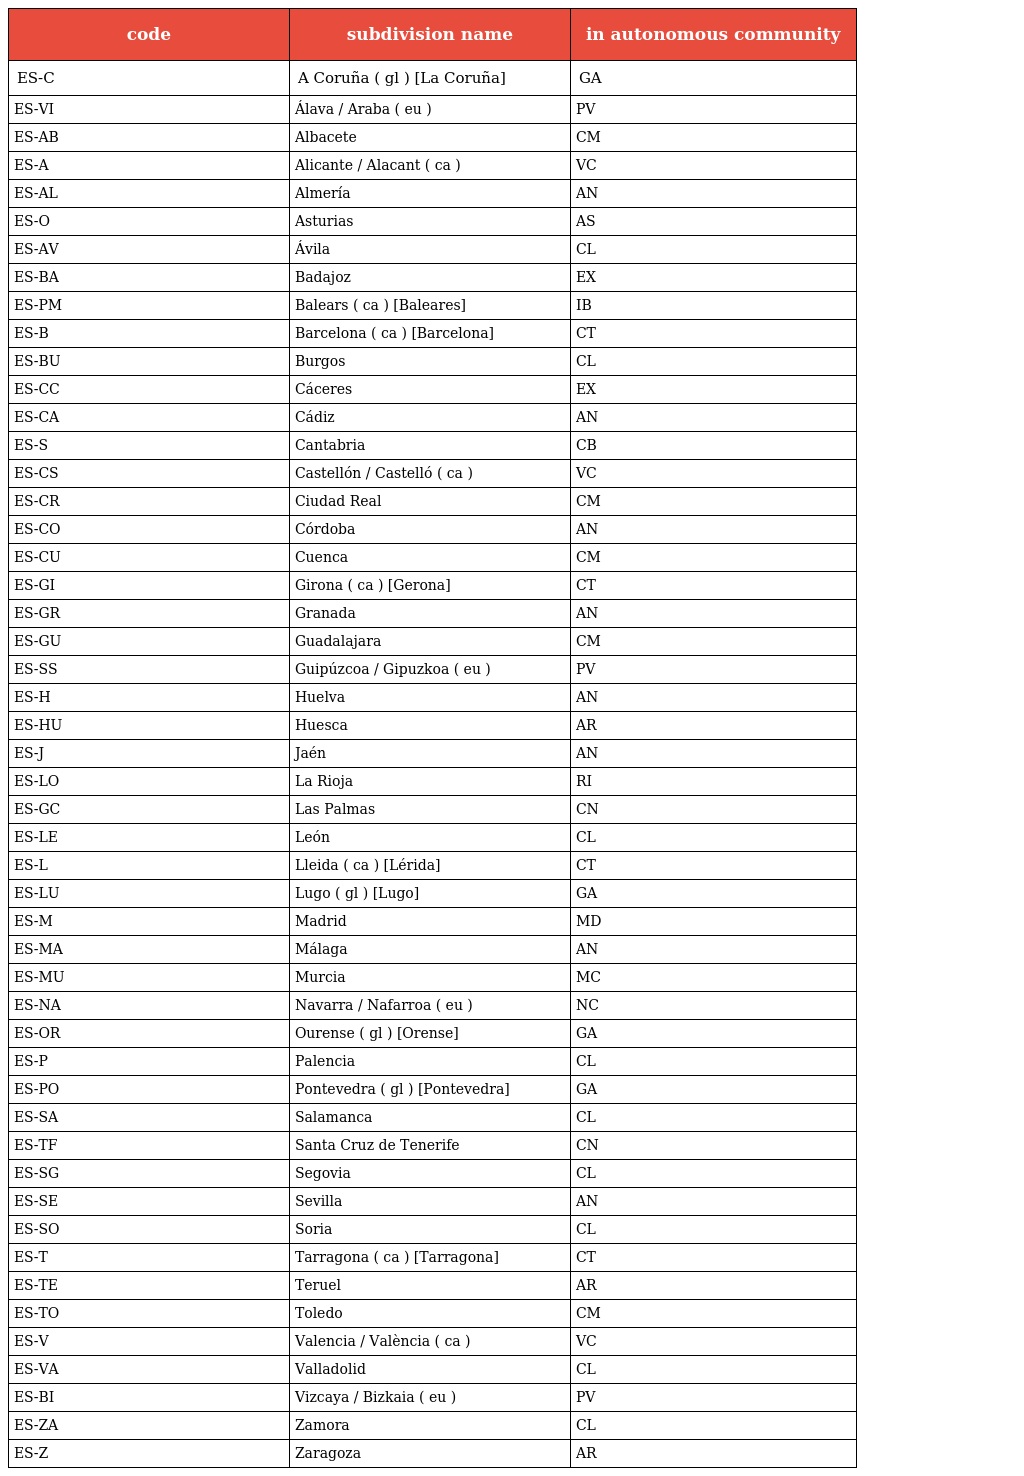
| code | subdivision name | in autonomous community |
 | --- | --- | --- |
 | ES-C | A Coruña ( gl ) [La Coruña] | GA |
 | ES-VI | Álava / Araba ( eu ) | PV |
 | ES-AB | Albacete | CM |
 | ES-A | Alicante / Alacant ( ca ) | VC |
 | ES-AL | Almería | AN |
 | ES-O | Asturias | AS |
 | ES-AV | Ávila | CL |
 | ES-BA | Badajoz | EX |
 | ES-PM | Balears ( ca ) [Baleares] | IB |
 | ES-B | Barcelona ( ca ) [Barcelona] | CT |
 | ES-BU | Burgos | CL |
 | ES-CC | Cáceres | EX |
 | ES-CA | Cádiz | AN |
 | ES-S | Cantabria | CB |
 | ES-CS | Castellón / Castelló ( ca ) | VC |
 | ES-CR | Ciudad Real | CM |
 | ES-CO | Córdoba | AN |
 | ES-CU | Cuenca | CM |
 | ES-GI | Girona ( ca ) [Gerona] | CT |
 | ES-GR | Granada | AN |
 | ES-GU | Guadalajara | CM |
 | ES-SS | Guipúzcoa / Gipuzkoa ( eu ) | PV |
 | ES-H | Huelva | AN |
 | ES-HU | Huesca | AR |
 | ES-J | Jaén | AN |
 | ES-LO | La Rioja | RI |
 | ES-GC | Las Palmas | CN |
 | ES-LE | León | CL |
 | ES-L | Lleida ( ca ) [Lérida] | CT |
 | ES-LU | Lugo ( gl ) [Lugo] | GA |
 | ES-M | Madrid | MD |
 | ES-MA | Málaga | AN |
 | ES-MU | Murcia | MC |
 | ES-NA | Navarra / Nafarroa ( eu ) | NC |
 | ES-OR | Ourense ( gl ) [Orense] | GA |
 | ES-P | Palencia | CL |
 | ES-PO | Pontevedra ( gl ) [Pontevedra] | GA |
 | ES-SA | Salamanca | CL |
 | ES-TF | Santa Cruz de Tenerife | CN |
 | ES-SG | Segovia | CL |
 | ES-SE | Sevilla | AN |
 | ES-SO | Soria | CL |
 | ES-T | Tarragona ( ca ) [Tarragona] | CT |
 | ES-TE | Teruel | AR |
 | ES-TO | Toledo | CM |
 | ES-V | Valencia / València ( ca ) | VC |
 | ES-VA | Valladolid | CL |
 | ES-BI | Vizcaya / Bizkaia ( eu ) | PV |
 | ES-ZA | Zamora | CL |
 | ES-Z | Zaragoza | AR |